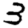
Digit: 3